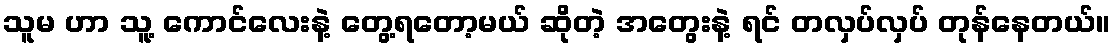
သူမ ဟာ သူ့ ကောင်လေးနဲ့ တွေ့ရတော့မယ် ဆိုတဲ့ အတွေးနဲ့ ရင် တလှပ်လှပ် တုန်နေတယ်။